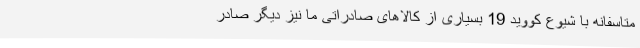
متاسفانه با شیوع کووید 19 بسیاری از کالاهای صادراتی ما نیز دیگر صادر